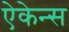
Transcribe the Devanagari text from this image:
ऐकेन्स